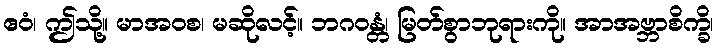
ဧဝံ၊ ဤသို့။ မာအဝစ၊ မဆိုလင့်။ ဘဂဝန္တံ၊ မြတ်စွာဘုရားကို။ အာအဗ္ဘာစိက္ခိ၊